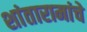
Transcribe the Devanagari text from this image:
शांतारामांचे